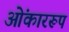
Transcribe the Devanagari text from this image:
ओंकाररूप